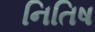
નિતિષ